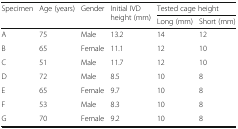
| <ROWSPAN=2> Specimen | <ROWSPAN=2> Age (years) | <ROWSPAN=2> Gender | <ROWSPAN=2> Initial IVD height (mm) | <COLSPAN=2> Tested cage height |
 | Long (mm) | Short (mm) |
 | --- | --- | --- | --- | --- | --- |
 | A | 75 | Male | 13.2 | 14 | 12 |
 | B | 65 | Female | 11.1 | 12 | 10 |
 | C | 51 | Male | 11.7 | 12 | 10 |
 | D | 72 | Male | 8.5 | 10 | 8 |
 | E | 65 | Female | 9.7 | 10 | 8 |
 | F | 53 | Male | 8.3 | 10 | 8 |
 | G | 70 | Female | 9.2 | 10 | 8 |